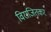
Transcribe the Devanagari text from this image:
विराजितकर